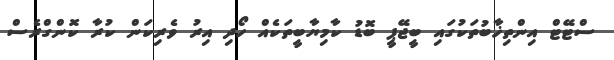
ސްޓޭޓް އިންތިޚާބުތަކުގައި ބީޖޭޕީ ބޮޑު ކާމިޔާބީތަކެއް ހޯދި އިރު ވެރިކަން ކުރާ ކޮންގްރެސް